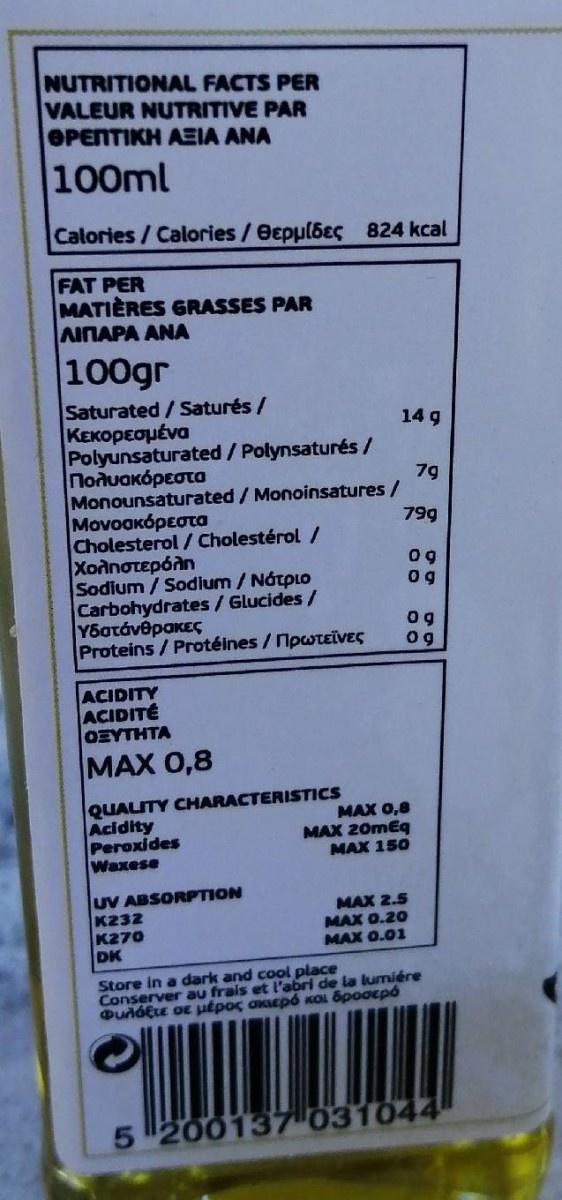
NUTRITIONAL FACTS PER VALEUR NUTRITIVE PAR EPENTIKH AEIA ANA
100ml
Calories/Calories/eepulbeç 824 kcal
FAT PER MATIÈRES GRASSES PAR AINAPA ANA
100gr
Saturated/Saturés/ Κεκορεσμένα Polyunsaturated / Polynsaturés/ Πολυοκόρεστα Monounsaturated/ Monoinsatures / |Μονοσκόρεστα Cholesterol / Cholestérol / | Χοληστερόλη Sodium / Sodium / Nátplo Carbohydrates/Glucides/ Υδατάνθροκες Proteins / Protéines / NpwtEÏVES
14 g
7g
799
0 g
0 g og
ACIDITY ACIDITÉ OEYTHTA |МAХ 0,8
QUALITY CHARACTERISTICS Acidity Peroxides Waxese
MAX 0,8 MAX 20mEq
MAX 150
UV ABSORPTION K232 K270 DK
MAX 2.5 MAX 0.20 MAX 0.01
Store in a dark and cool place Conserver au frais et l'abri de la lumiére Φυλόξιε οε μέρος σερό και δροσερό
5200137031044